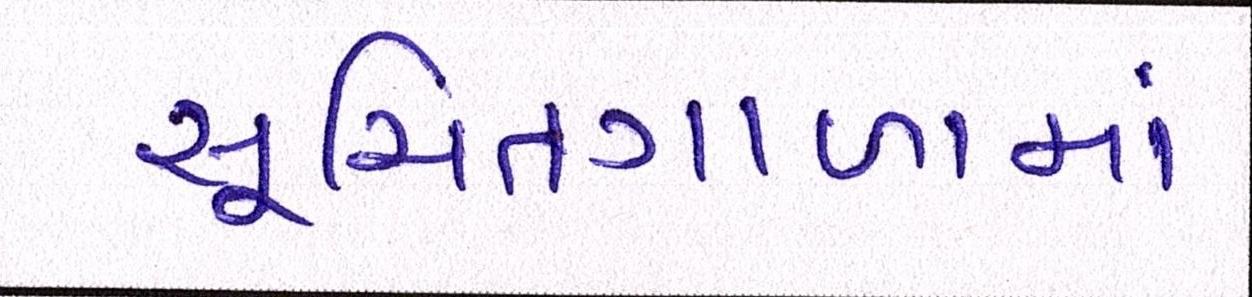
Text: સૂચિતગાળામાં